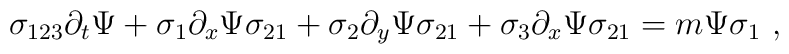
\sigma_{123} \partial_t \Psi + \sigma_{1} \partial_x \Psi \sigma_{21} +\sigma_{2} \partial_y \Psi \sigma_{21} +\sigma_{3} \partial_x \Psi \sigma_{21} = m \Psi \sigma_{1}~,